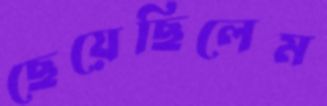
ছেয়েছিলেম